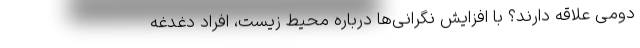
دومی علاقه دارند؟ با افزایش نگرانی‌ها درباره محیط زیست، افراد دغدغه